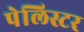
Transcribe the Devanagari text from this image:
पेलिस्टर